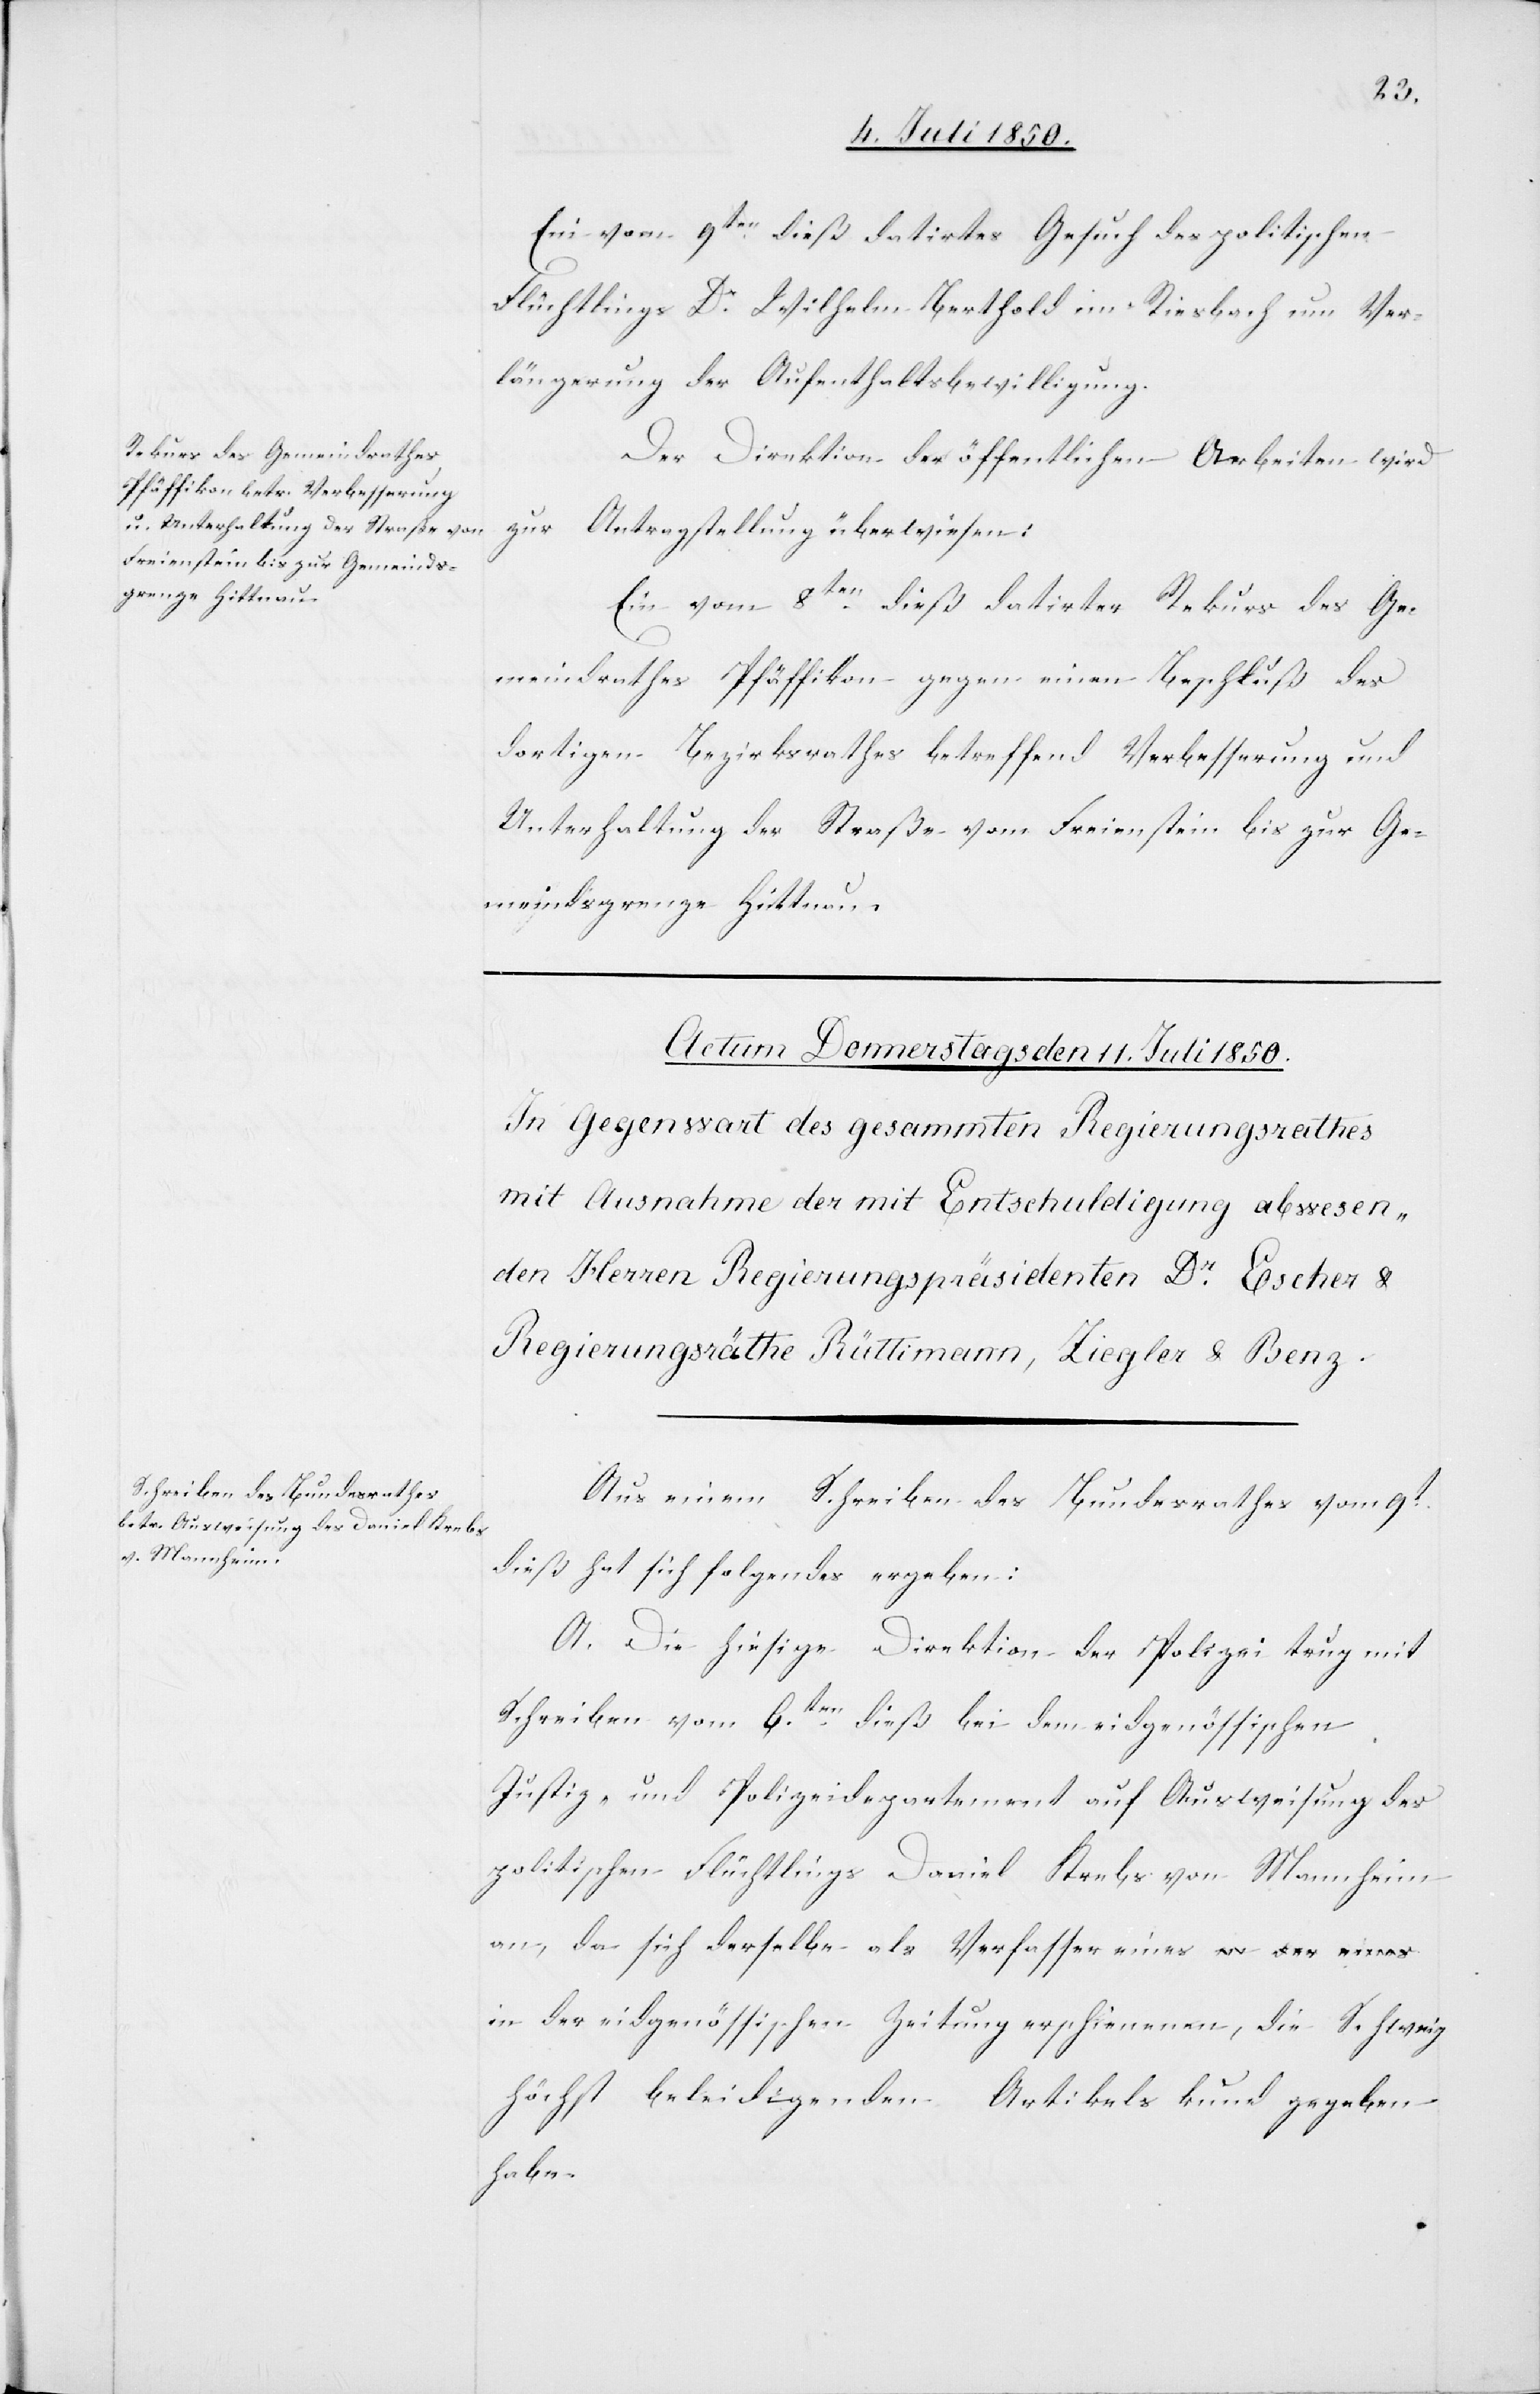
Ein vom 9ten dieß datirtes Gesuch des politischen
Flüchtlings Dr Wilhelm Berthold im Riesbach um Ver¬
längerung der Aufenthaltsbewilligung.
Der Direktion der öffentlichen Arbeiten wird
zur Antragstellung überwiesen:
Ein vom 8ten dieß datirter Rekurs des Ge¬
meindrathes Pfäffikon gegen einen Beschluß des
dortigen Bezirksrathes betreffend Verbesserung und
Unterhaltung der Straße vom Freienstein bis zur Ge¬
meindsgrenze Hittnau.
Aus einem Schreiben des Bundesrathes vom 9t
dieß hat sich folgendes ergeben:
A. Die hiesige Direktion der Polizei trug mit
Schreiben vom 6ten dieß bei dem eidgenössischen
Justiz- und Polizeidepartement auf Ausweisung des
politischen Flüchtlings Daniel Krebs von Mannheim
an, da sich derselbe als Verfasser eines in der eidgenös¬
höchst beleidigenden Artikels kund gegeben
habe.